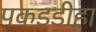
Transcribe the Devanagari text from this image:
पकड़डीहा